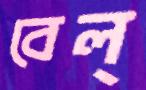
বেল্‌